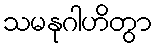
သမနုဂါဟိတွာ